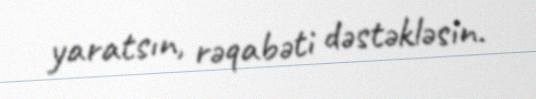
yaratsın, rəqabəti dəstəkləsin.